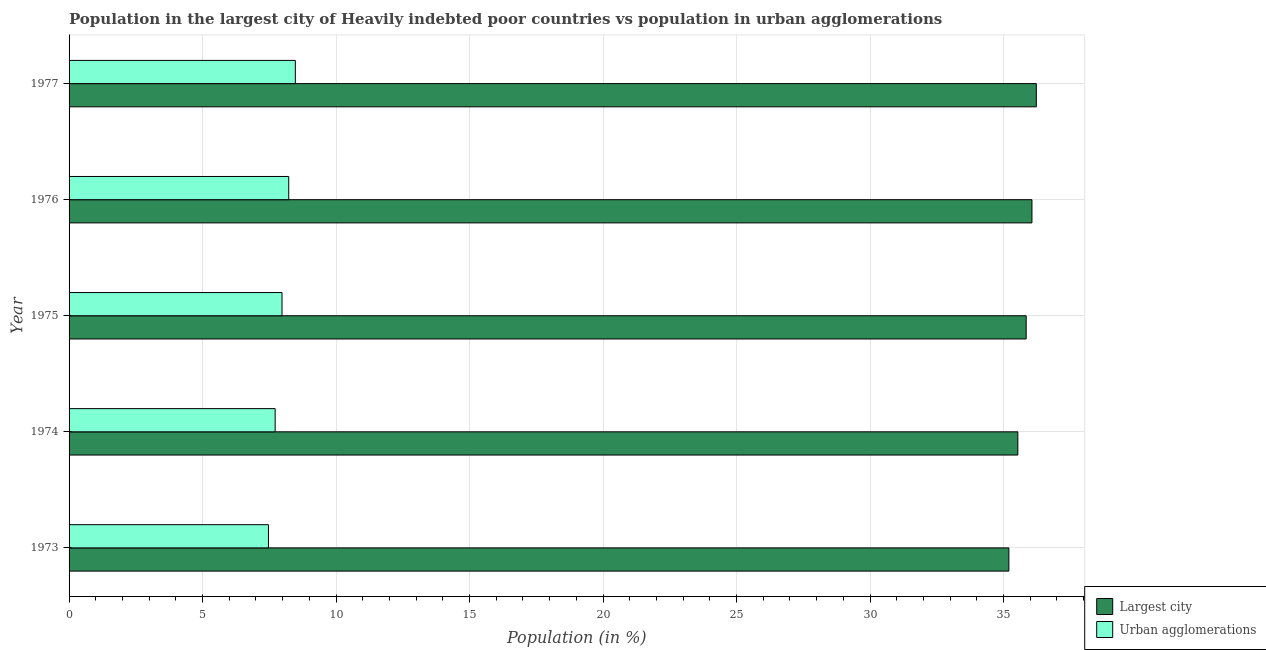
| Year | Largest city | Urban agglomerations |
 | --- | --- | --- |
 | 1973 | 35.2 | 7.47 |
 | 1974 | 35.5 | 7.72 |
 | 1975 | 35.8 | 7.98 |
 | 1976 | 36.1 | 8.23 |
 | 1977 | 36.2 | 8.47 |